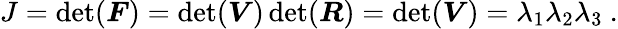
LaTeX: J=\operatorname*{d\mathrm{e}t}({\boldsymbol{F}})=\operatorname*{d\mathrm{e}t}({\boldsymbol{V}})\operatorname*{d\mathrm{e}t}({\boldsymbol{R}})=\operatorname*{d\mathrm{e}t}({\boldsymbol{V}})=\lambda_{1}\lambda_{2}\lambda_{3}~.